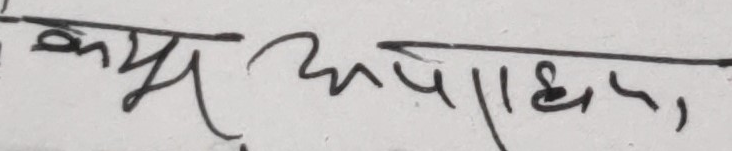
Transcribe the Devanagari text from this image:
क्य अपराध्या